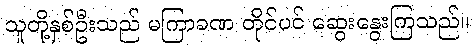
သူတို့နှစ်ဦးသည် မကြာခဏ တိုင်ပင် ဆွေးနွေးကြသည်။